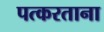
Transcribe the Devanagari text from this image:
पत्करताना